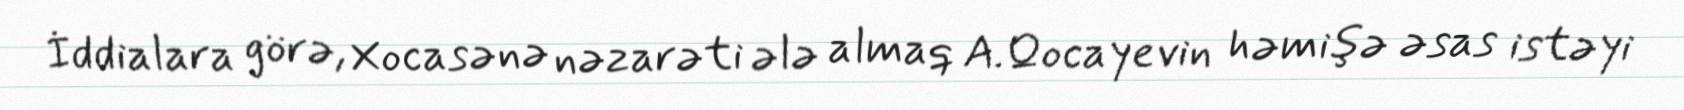
İddialara görə, Xocasənə nəzarəti ələ almaq A.Qocayevin həmişə əsas istəyi